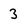
Character: 3